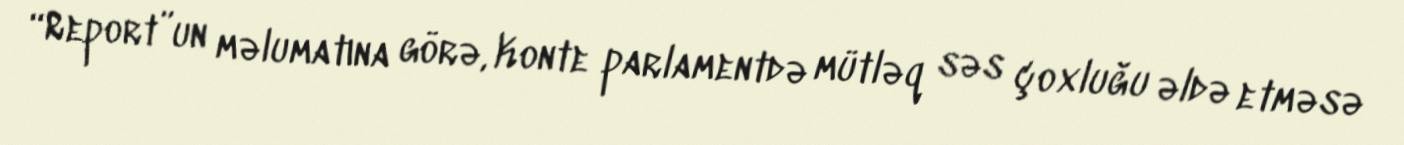
“Report”un məlumatına görə, Konte parlamentdə mütləq səs çoxluğu əldə etməsə